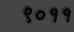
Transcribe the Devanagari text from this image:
९०११